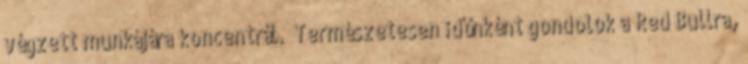
végzett munkájára koncentrál. “Természetesen időnként gondolok a Red Bullra,